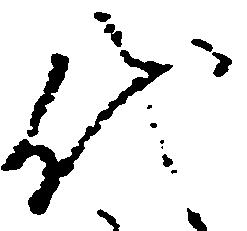
代